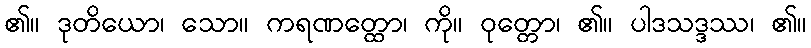
၏။ ဒုတိယော၊ သော။ ကရဏတ္ထော၊ ကို။ ဝုတ္တော၊ ၏။ ပါဒသဒ္ဒဿ၊ ၏။